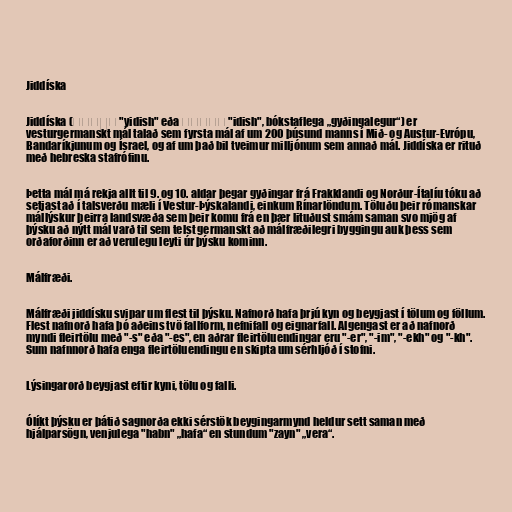
Jiddíska

Jiddíska (ייִדיש "yidish" eða אידיש "idish", bókstaflega „gyðingalegur“) er
vesturgermanskt mál talað sem fyrsta mál af um 200 þúsund manns í Mið- og Austur-Evrópu,
Bandaríkjunum og Ísrael, og af um það bil tveimur milljónum sem annað mál. Jiddíska er rituð
með hebreska stafrófinu.

Þetta mál má rekja allt til 9. og 10. aldar þegar gyðingar frá Frakklandi og Norður-Ítalíu tóku að
setjast að í talsverðu mæli í Vestur-Þýskalandi, einkum Rínarlöndum. Töluðu þeir rómanskar
mállýskur þeirra landsvæða sem þeir komu frá en þær lituðust smám saman svo mjög af
þýsku að nýtt mál varð til sem telst germanskt að málfræðilegri byggingu auk þess sem
orðaforðinn er að verulegu leyti úr þýsku kominn.

Málfræði.

Málfræði jiddísku svipar um flest til þýsku. Nafnorð hafa þrjú kyn og beygjast í tölum og föllum.
Flest nafnorð hafa þó aðeins tvö fallform, nefnifall og eignarfall. Algengast er að nafnorð
myndi fleirtölu með "-s" eða "-es", en aðrar fleirtöluendingar eru "-er", "-im", "-ekh" og "-kh".
Sum nafnnorð hafa enga fleirtöluendingu en skipta um sérhljóð í stofni.

Lýsingarorð beygjast eftir kyni, tölu og falli.

Ólíkt þýsku er þátið sagnorða ekki sérstök beygingarmynd heldur sett saman með
hjálparsögn, venjulega "habn" „hafa“ en stundum "zayn" „vera“.